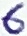
Text: 6